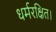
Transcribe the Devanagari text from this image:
धर्मरक्षित।